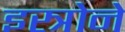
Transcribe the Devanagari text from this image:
इस्त्रोने